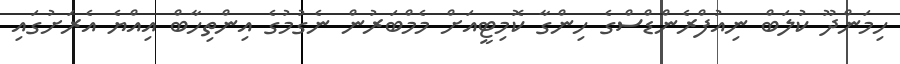
ހިމަންދޫ ކުލަބް ނިއުފްރެންޑްސްގެ ހިންގާ ކޮމިޓީއަށް މެމްބަރުން ނެގުމުގެ އިންތިހާބް އިއްޔެ އެރަށުގައި